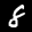
Label: 8